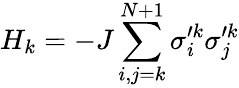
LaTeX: {{H}_{k}}=-J\sum_{i,j=k}^{N+1}{\sigma_{i}^{\prime k}\sigma_{j}^{\prime k}}